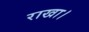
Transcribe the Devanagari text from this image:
राखा।